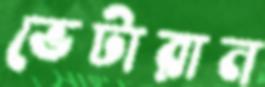
ভেটারান